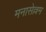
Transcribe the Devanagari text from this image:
मनासेल्लम